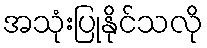
အသုံးပြုနိုင်သလို